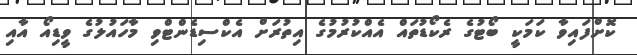
ކޮށްފައިވާ ކަމަކީ ބޯޓުގެ ރެކޯޑުތައް އެއްކުރުމުގެ އިތުރަށް އެކްސިޑެންޓްވި މާހައުލުގެ ވީޑިއޯ އާއި